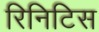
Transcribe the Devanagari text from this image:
रिनिटिस